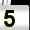
Digit: 5